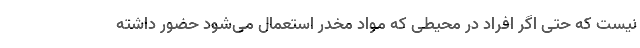
نیست که حتی اگر افراد در محیطی که مواد مخدر استعمال می‌شود حضور داشته